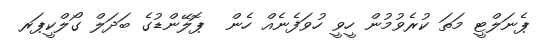
ޕެނަލްޓީ މަތަ ކުރެވުމުން ހީވީ ހުވަފެނެއް ހެން  ޕޮލޭންޑުގެ ބަދަލް ގޯލްކީޕަރ